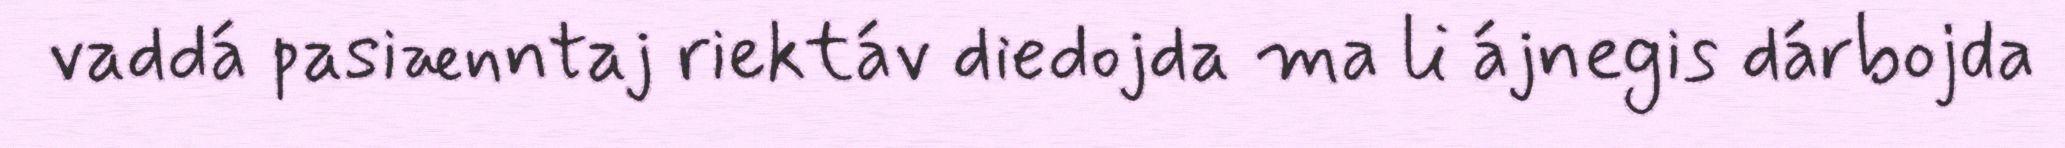
vaddá pasiænntaj riektáv diedojda ma li ájnegis dárbojda